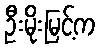
ဦးမိုးမြင့်က